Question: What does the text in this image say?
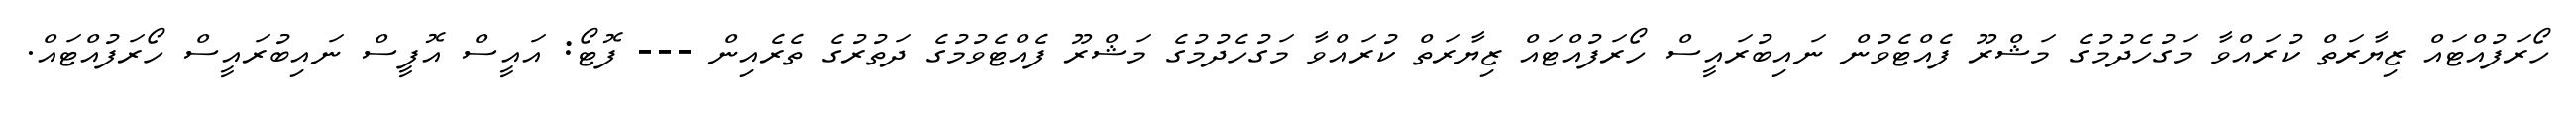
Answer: ހޯރަފުއްޓައް ޒިޔާރަތް ކުރައްވާ މަގުހެދުމުގެ މަޝްރޫ ފެއްޓެވުން ނައިބުރައީސް ހޯރަފުއްޓައް ޒިޔާރަތް ކުރައްވާ މަގުހެދުމުގެ މަޝްރޫ ފެއްޓެވުމުގެ ދަތުރުގެ ތެރެއިން --- ފޮޓޯ: އައީސް އޮފީސް ނައިބުރައީސް ހޯރަފުއްޓައް.